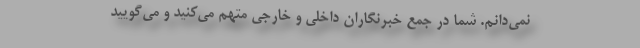
نمی‌دانم. شما در جمع خبرنگاران داخلی و خارجی متهم می‌کنید و می‌گویید